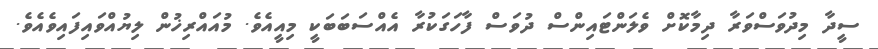
ސީދާ މިދުވަސްވަރާ ދިމާކޮށް ވެލަންޓައިންސް ދުވަސް ފާހަގަކުރާ އެއްސަބަބަކީ މިއީއެވެ. މުއައްރިޚުން ލިޔުއްވައިފައިވެއެވެ.